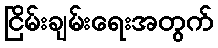
ငြိမ်းချမ်းရေးအတွက်